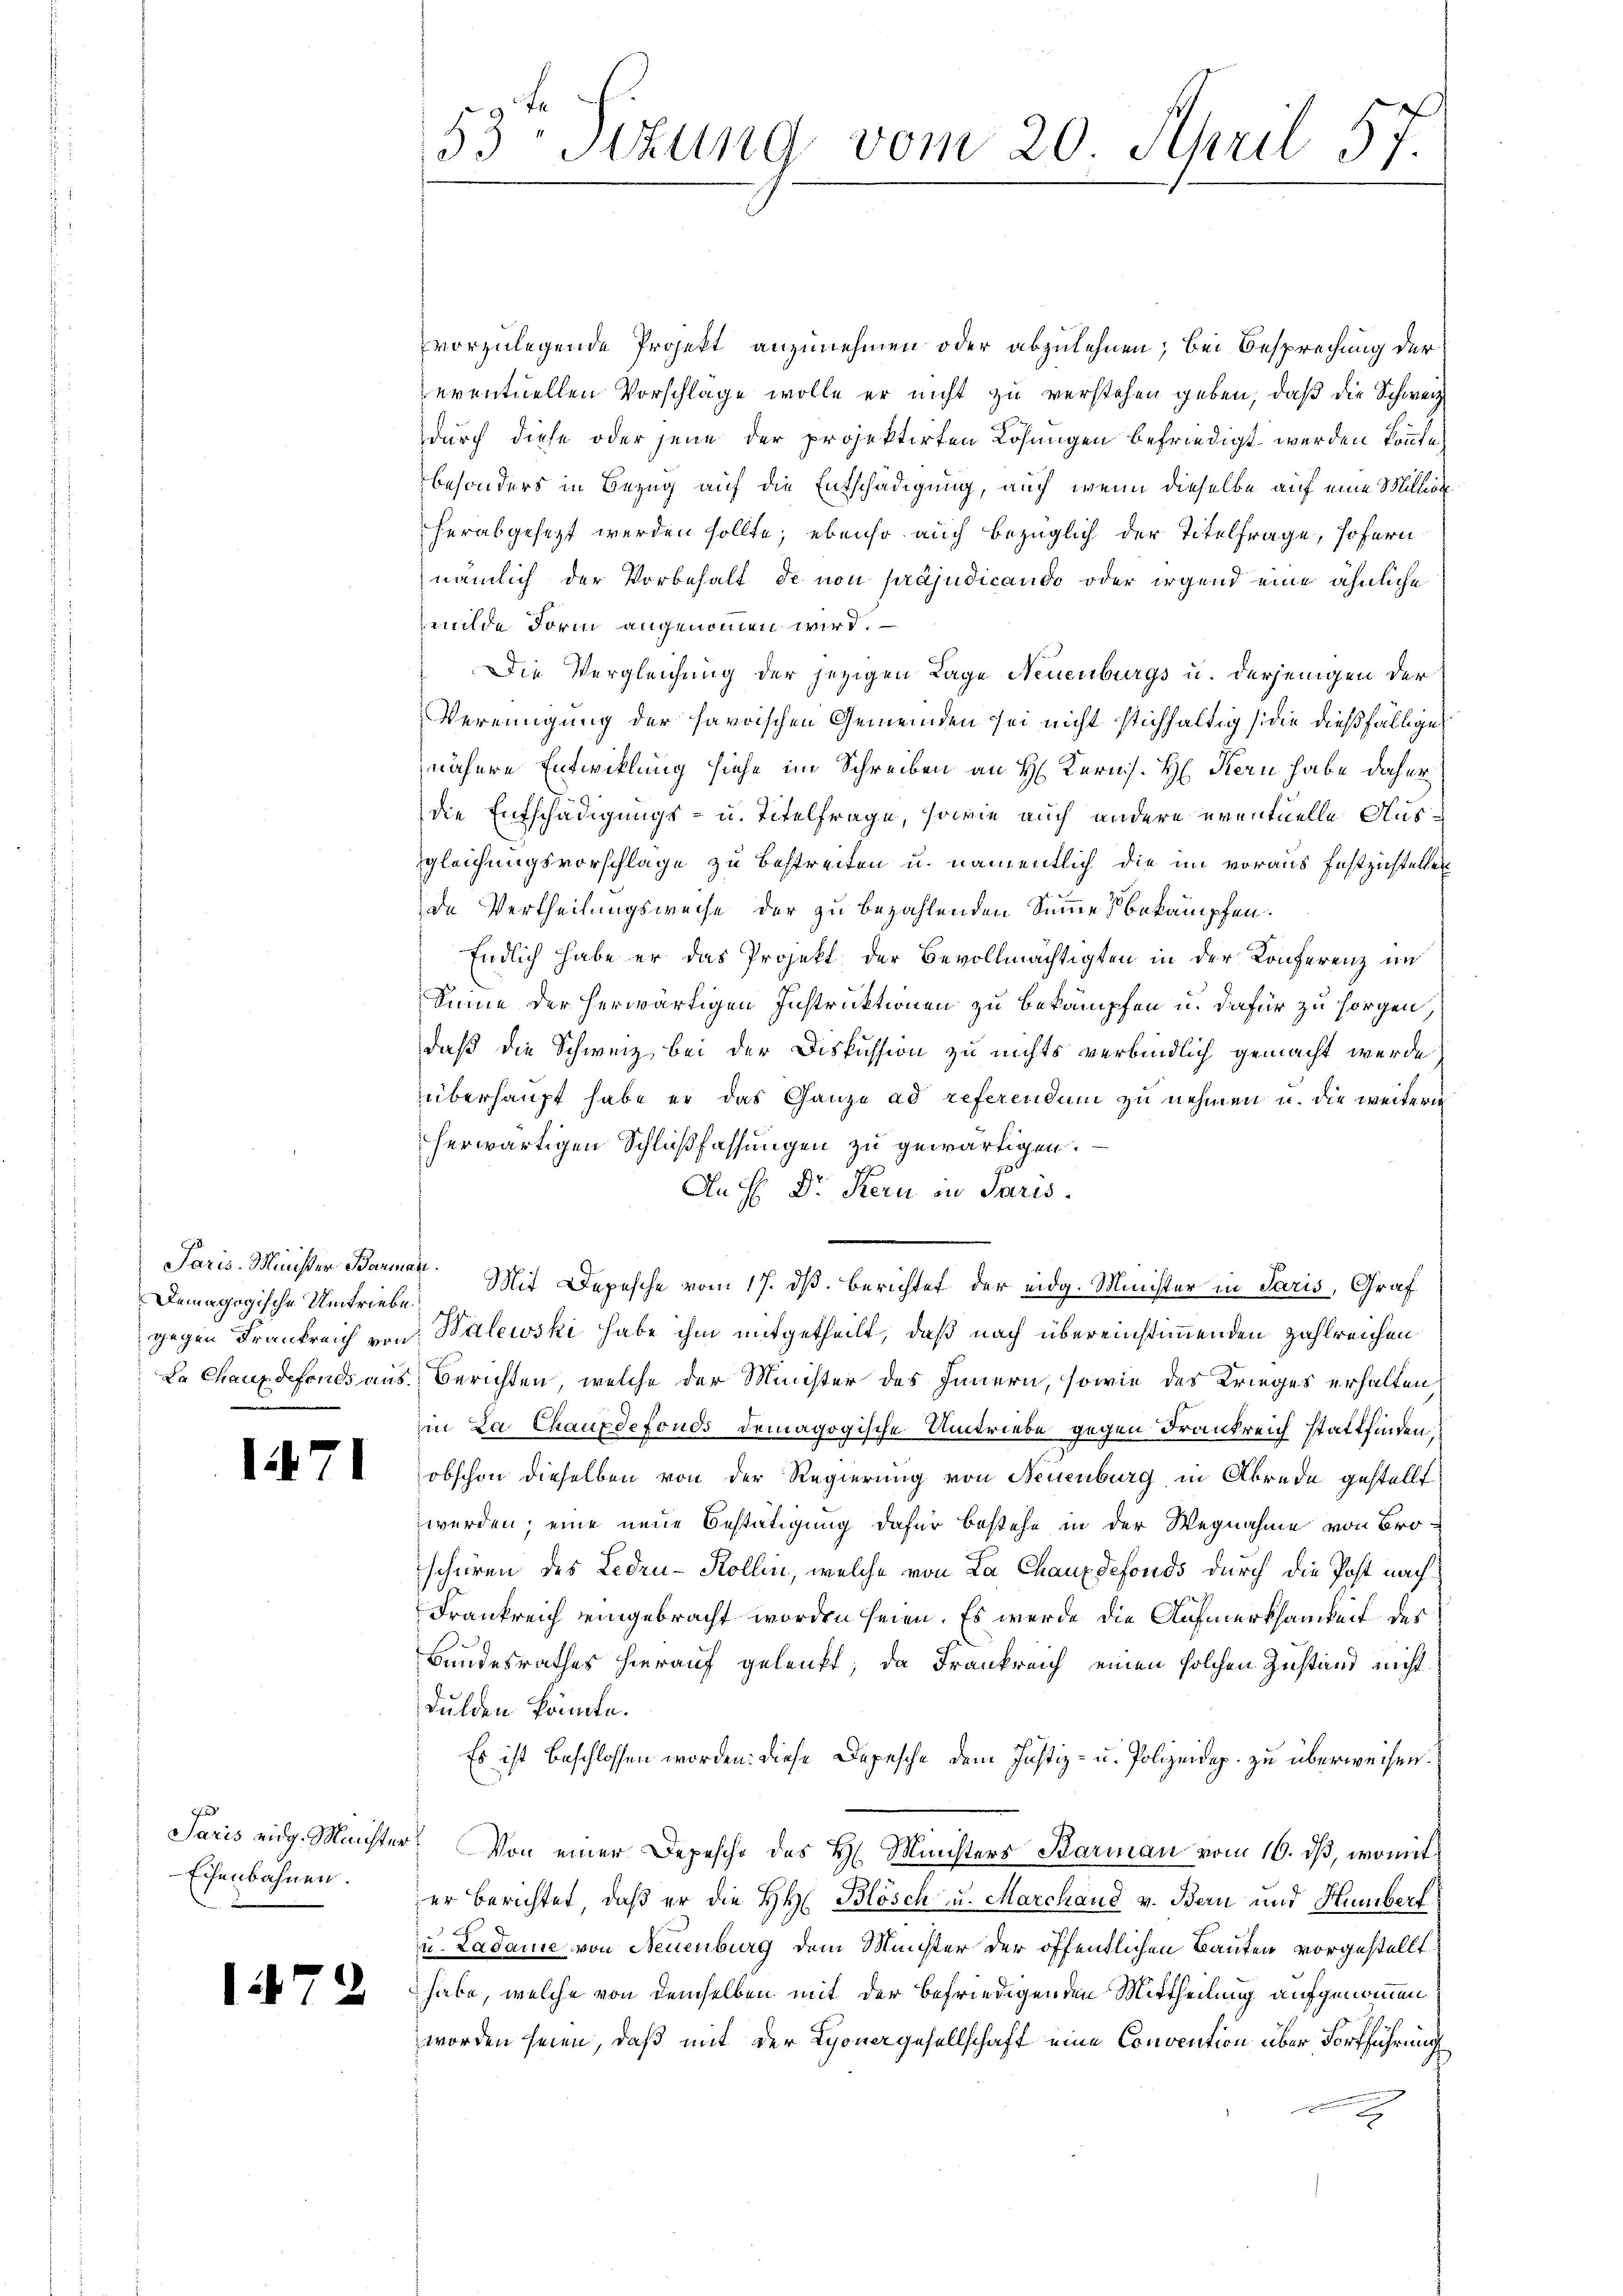
Demagogische Umtriebe.
v

7

127

1

vorzulegende Projekt anzunehmen oder abzulehnen; bei Besprechung der
eventuellen Vorschlage wolle er nicht zu verstehen geben, daß die Schweiz
durch diese oder jene der projektirten Lösungen befriedigt werden könnte.
besonders in Bezug auf die Entschädigung, auch wenn dieselbe auf eine Million
herabgesezt werden sollte; ebenso auch bezüglich der Titelfrage, sofern
nämlich der Vorbehalt de non präjudicando oder irgend eine ähnliche
milde Form angenommen wird.
Die Vergleichung der jezigen Tage Neuenburgs u. derjenigen der
Vereinigung der faroischen Gemeinden sei nicht stichfaltig die dießfällige
nähere Entwicklung siehe im Schreiben an H. Kerns. H. Kern habe daher
die Entschädigungs- u. Titelfrage, sowie auch andere eventuelle Ausgleichungsvorschlage zu bestreiten u. namentlich die im voraus festzustellen
de Vertheilungsweise der zu bezahlenden Summes bekämpfen.
Endlich habe er das Projekt der Bevollmächtigten in der Konferenz im
Seine der herwärtigen Instruktionen zu bekämpfen u. dafür zu sorgen,
daß die Schweiz bei der Diskussion zu nichts verbindlich gemacht werde,
überhaupt habe er das Ganze ad referendum zu nehmen u. die weitere
herwärtigen Schlußfassungen zu gewärtigen.
An H: Dr. Kern in Paris.
Paris Minister Barmor. Mit Depesche vom 17. dß. Berichtet der eidg. Minister in Paris, Graf
gegen Frankreich von Balewski habe ihm mitgetheilt, daß nach übereinstimmenden zahlreichen
La Chauxdefonds aus Berichten, welche der Minister des Innern, sowie des Krieges erhalten
in La Chauxdefonds demagogische Umtriebe gegen Frankreich stattfinden.
obschon dieselben von der Regierung von Neuenburg in Abrede gestellt
werden; eine neue Bestätigung dafür bestehe in der Wegnahme von Bro
schüren des Ledeu-Kollin, welche von La Chauxdefonds durch die Post nach¬
.
Frankreich eingebracht worden seien. Es werde die Aufmerksamkeit des
Bundesrathes hierauf gelenkt; da Frankreich einen solchen Zustand nicht
dulden könnte.
Es ist beschlossen worden: diese Depesche dem Justiz- u. Polizeidep. zu überweisen.
Paris eidg. Meister. Von einer Depesche des H. Ministers Barmann vom 16. ds, womit
er berichtet, daß er die HH Blösch u. Marchaud v. Bern und Humberf
u. Ladame von Neuenburg dem Meister der öffentlichen Bauten vorgestellt
 habe, welche von demselben mit der befriedigenden Mittheilung aufgenommen
worden seien, daß mit der Lyonergesellschaft eine Convention über Fortführung
2

Eisenbahnen.

53 Sekung vom 20. April 57.